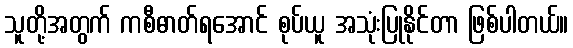
သူတို့အတွက် ကစီဓာတ်ရအောင် စုပ်ယူ အသုံးပြုနိုင်တာ ဖြစ်ပါတယ်။